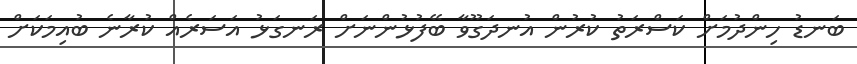
ބަނޑު ހިންދުމަށް ކަސްރަތު ކުރުން އުނދަގޫވާ ބޭފުޅުންނަށް ރަނގަޅު އަސަރެއް ކުރާނެ ބުއިމަކަށް